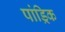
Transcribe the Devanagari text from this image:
पांड्रिक